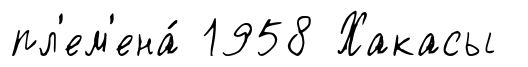
пл'ем'ена́ 1958 Хакасы